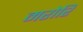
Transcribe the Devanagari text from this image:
मरोरि